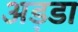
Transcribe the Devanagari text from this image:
अड़डा